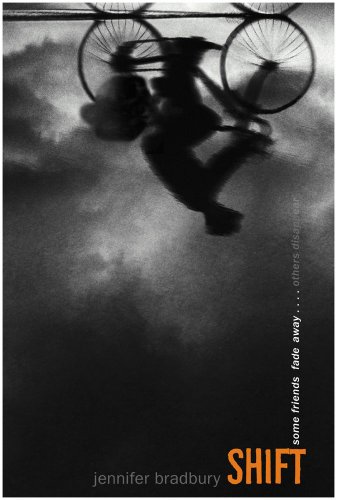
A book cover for Shift; Jennifer Bradbury; Teen & Young Adult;